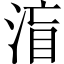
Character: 𱦼